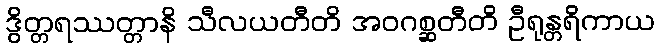
ဒွိတ္တရဿတ္တာနိ သီလယတီတိ အဝဂစ္ဆတီတိ ဦရုန္တရိကာယ